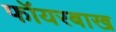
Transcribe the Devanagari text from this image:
फॉयरबाख